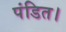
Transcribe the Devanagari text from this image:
पंडित।